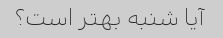
آیا شنبه بهتر است؟